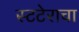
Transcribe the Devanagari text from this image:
स्टटेराचा